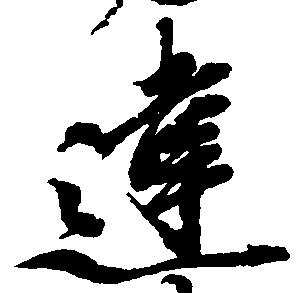
違